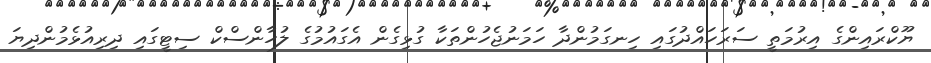
ޔޫކްރައިންގެ އިރުމަތީ ސަރަހައްދުގައި ހިނގަމުންދާ ހަމަނުޖެހުންތަކާ ގުޅިގެން އެގައުމުގެ ލުހާންސްކް ސިޓީގައި ދިރިއުޅެމުންދިޔަ